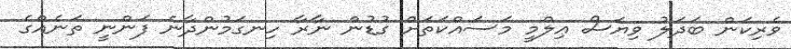
ވެރިކަން ބަދަލު ވިޔަސް ޢިލްމީ މަސައްކަތަށް ގުޑުން ނާރާ ހިނގަމުންދާނެ ފަންނީ ތަނެއްގެ